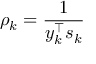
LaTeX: \rho _ { k } = { \frac { 1 } { y _ { k } ^ { \top } s _ { k } } }